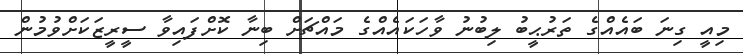
މިއީ ގިނަ ބައެއްގެ ތަރުޙީބު ލިބުނު ވާހަކައެއްގެ މައްޗަށް ބިނާ ކޮށްފައިވާ ސީރީޒަކަށްވުމުން